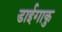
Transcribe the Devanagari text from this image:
डाईगाकु